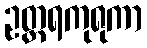
ဥတ္တရကုရုကာ